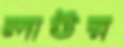
লাউর